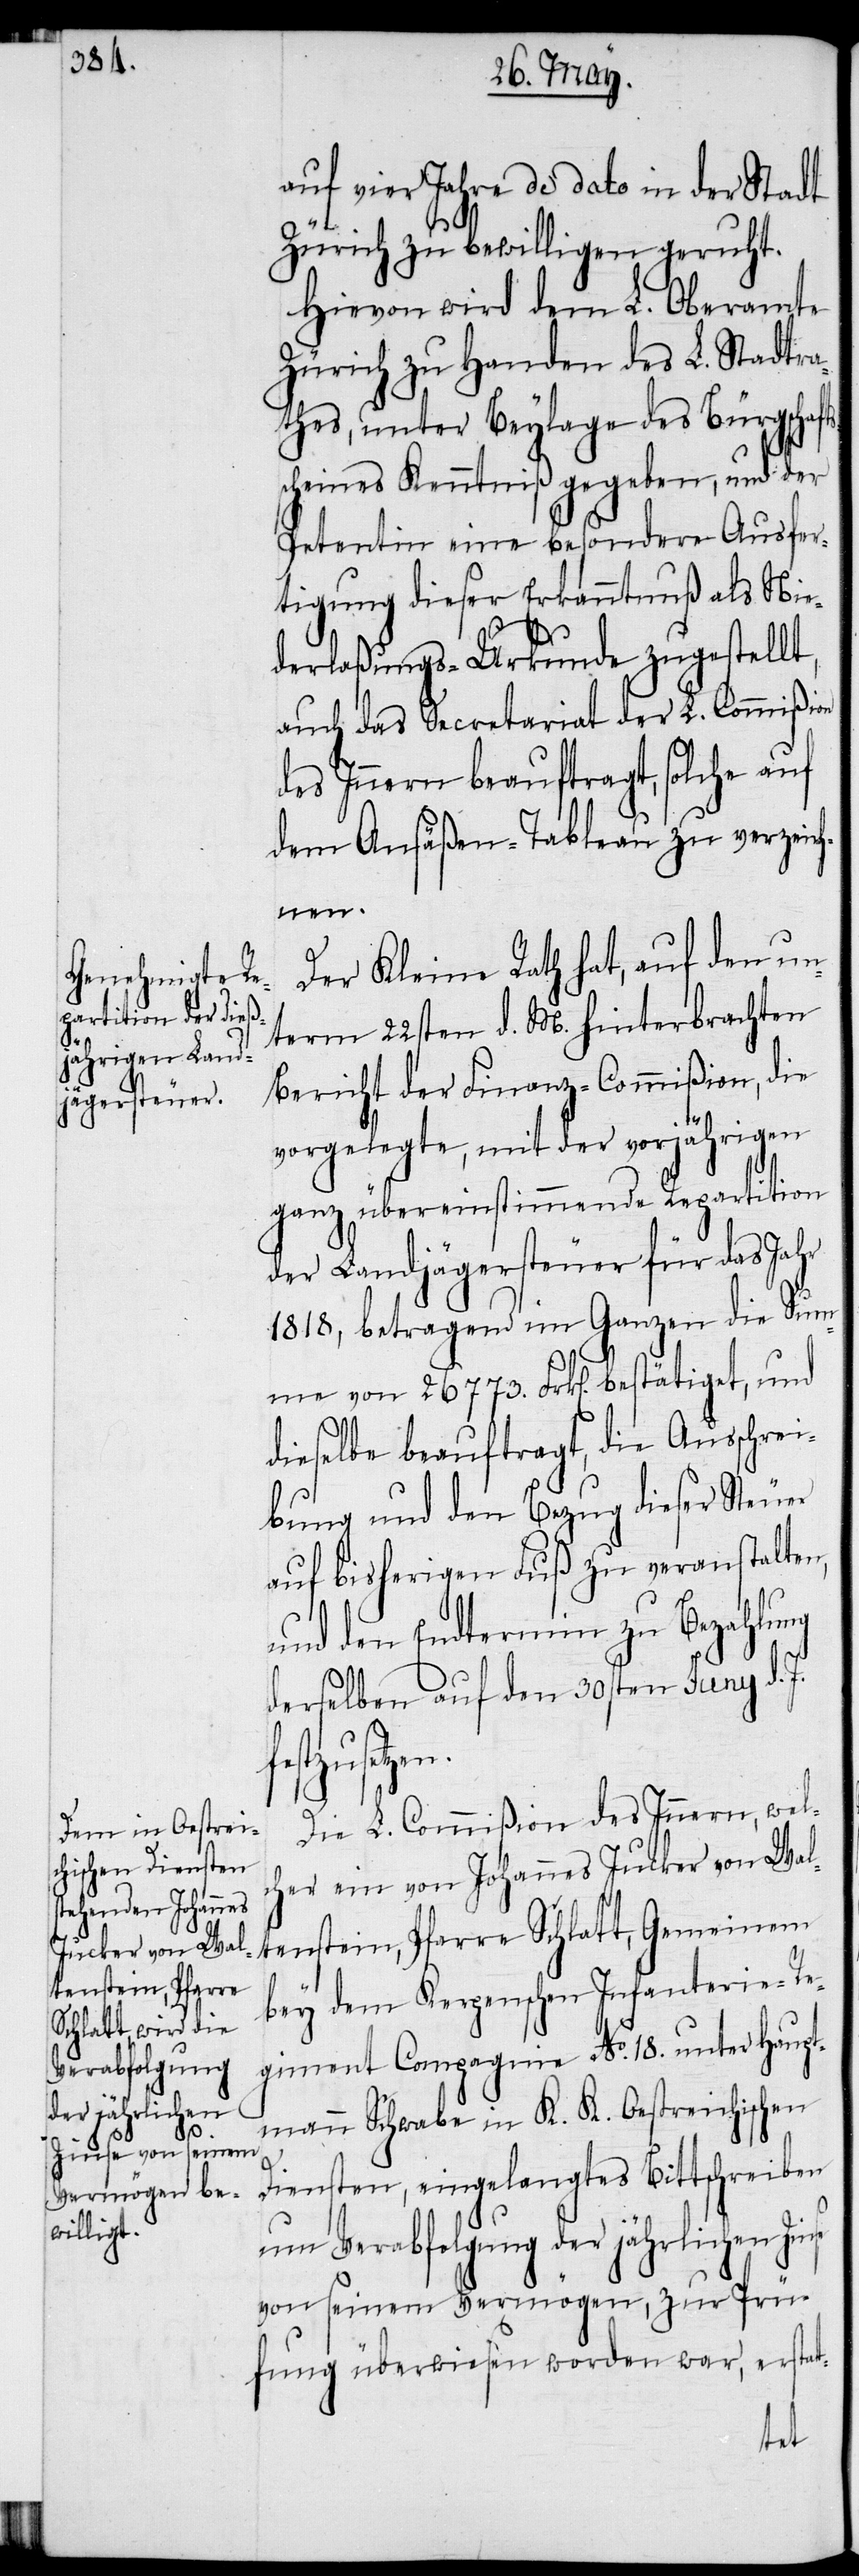
auf vier Jahre de dato in der Stadt
Zürich zu bewilligen geruht.
Hievon wird dem L. Oberamte
Zürich zu Handen des L. Stadtra¬
thes, unter Beylage des Bürgschaft¬
scheines Kenntniß gegeben, und der
Petentin eine besondere Ausfer¬
tigung dieser Erkanntnuß als Nie¬
derlaßungs-Urkunde zugestellt,
auch das Secretariat der L. Commißion
des Innern beauftragt, solche auf
dem Ansäßen-Tableau zu verzeic¬
hnen.
Der Kleine Rath hat, auf den un¬
term 22sten d. M. hinterbrachten
Bericht der Finanz-Commißion, die
s¬
vorgelegte, mit der vorjährigen
ganz übereinstimmende Repartition
der Landjägersteuer für das Jahr
1818, betragend im Ganzen die Sum¬
me von 26773. Frk[en]. bestätiget, und
dieselbe beauftragt, die Ausschrei¬
bung und den Bezug dieser Steuer
auf bisherigen Fuß zu veranstalten,
und den Endtermin zu Bezahlung
derselben auf den 30sten Juny d. J.
Die L. Commißion des Innern, wel¬
cher ein von Johannes Jucker von Wal¬
tenstein, Pfarre Schlatt, Gemeinem
bey dem Kerpenschen Infanterie-Re¬
giment Compagnie No. 18. unter Haupt¬
mann Schwabe in K. K. Oestreichischen
Diensten, eingelangtes Bittschreiben
um Verabfolgung der jährlichen Zin¬
von seinem Vermögen, zur Prü¬
fung überwiesen worden war, erstat-
se